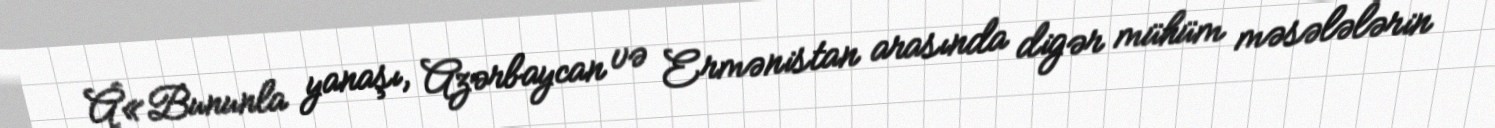
Â«Bununla yanaşı, Azərbaycan və Ermənistan arasında digər mühüm məsələlərin